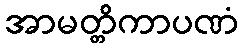
အာမတ္တိကာပဏံ